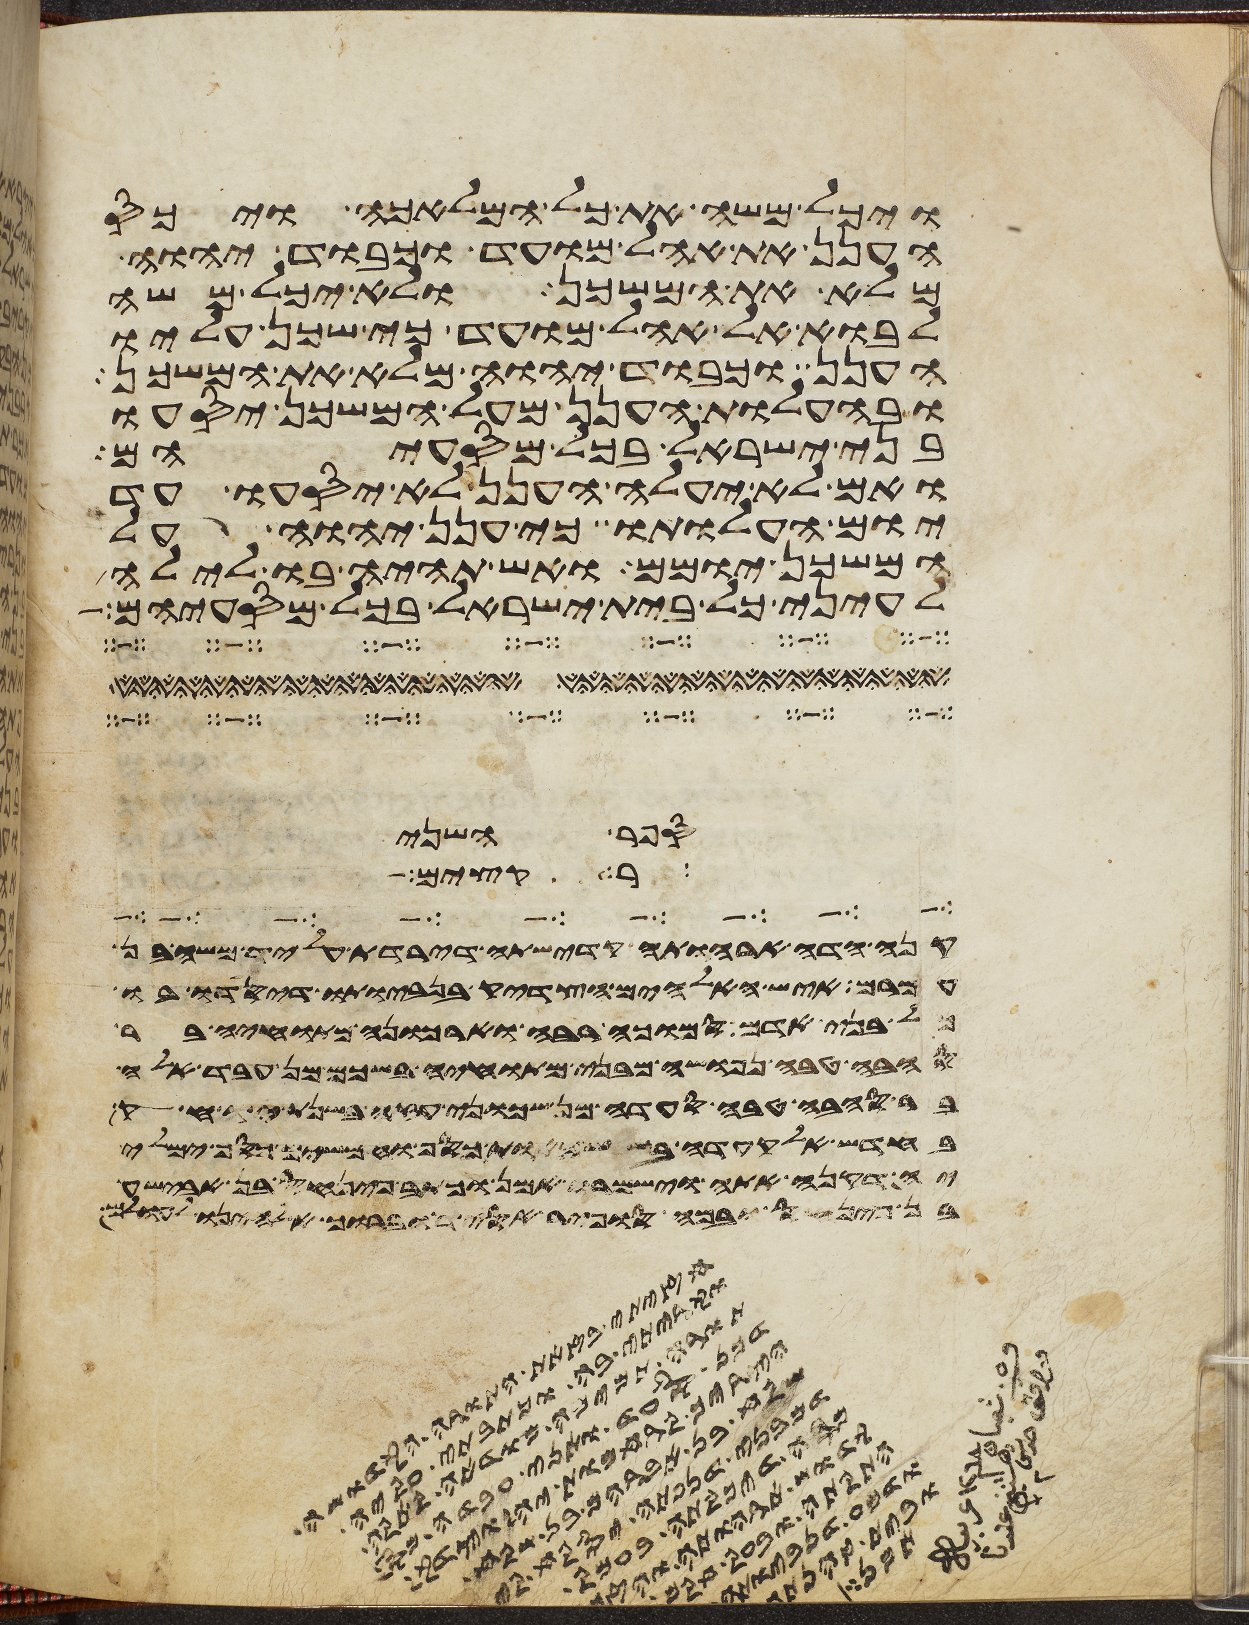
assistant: ויכל משה את כל המלאכה ויכס
הענן את אהל מועד וכבוד יהוה
מלא את המשכן ולא יכל משה
לבוא אל אהל מועד כי שכן עליו
הענן וכבוד יהוה מלא את המשכן
ובהעלות הענן מעל המשכן יסעו
בני ישראל בכל מסעיהם
ואם לא יעלה הענן לא יסעו עד
יום העלותו כי ענן יהוה על
המשכן יומם ואש תהיה בו לילה
לעיני כל בית ישראל בכל מסעיהם
במספר שני
רקים
זקני העדה את ידיהם על ראש
משה איש האלהים את בני ישראל
כל בני שת והיה אדום ירשה והיה ירשה
השדה אשר נטה שם אהלו מיד בני חמור אבי שכם במאה
יבק עד בני עמון כי עז גבול בני עמון ויקח
שלש מאות כסף וחמש חליפות
יהוה אל משה לאמר פינחס בן אלעזר
ויחנו במרה ויסעו ממרה ויבאו אילים ובאילים